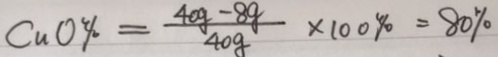
C u O \% = \frac { 4 0 g - 8 g } { 4 0 g } \times 1 0 0 \% = 8 0 \%